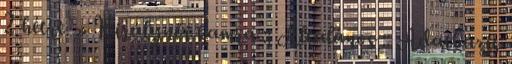
2 hétre. » Királynői kamra :: Általános :: Adatbázis